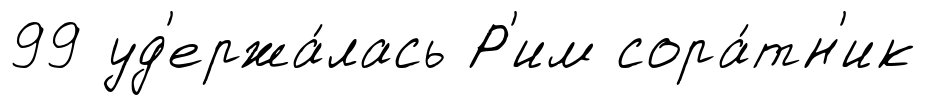
99 уд'ержа́лась Р'им сора́тн'ик